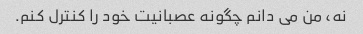
نه، من می دانم چگونه عصبانیت خود را کنترل کنم.